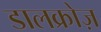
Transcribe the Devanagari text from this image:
डालक्रोज़